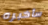
سأخبره